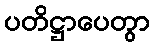
ပတိဋ္ဌာပေတွာ